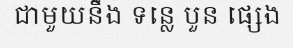
ជាមួយនឹង ទន្លេ បួន ផ្សេង